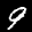
Label: 9